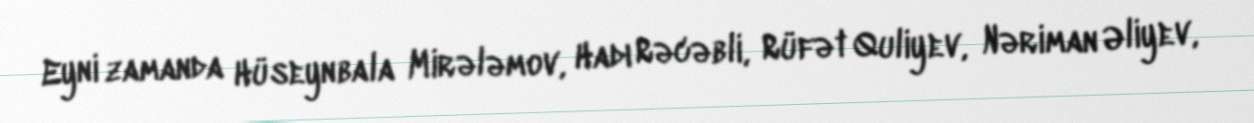
Eyni zamanda Hüseynbala Mirələmov, Hadı Rəcəbli, Rüfət Quliyev, Nəriman Əliyev,